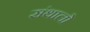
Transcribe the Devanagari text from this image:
संथालो